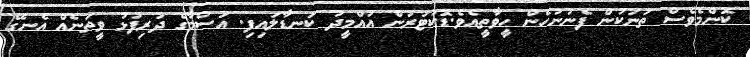
ކޮންމެވެސް ތަނަކުން ފެނުނުހެން ހީވާތީއެވެ.ޑޮކުޓަރުން އުއްމީދު ކަނޑާލައިފި. އަސްމާގެ ދަރިފުޅު ވީތަނެއް އެނގޭ